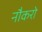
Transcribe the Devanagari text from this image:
नौकरो